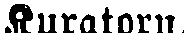
Kuratorn.